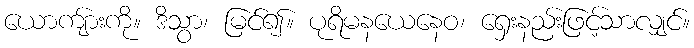
ယောကျ်ားကို။ ဒိသွာ၊ မြင်၍။ ပုရိမနယေနေဝ၊ ရှေးနည်းဖြင့်သာလျှင်။